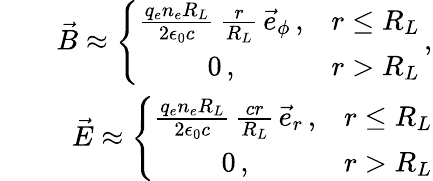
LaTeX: \begin{array}{rlr}&{}&{\vec{B}\approx\left\{ \begin{array}{cc}{\frac{q_{e}n_{e}R_{L}}{2\epsilon_{0}c}\, \frac{r}{R_{L}}\, \vec{e}_{\phi}\, ,}&{r\le R_{L}}\\ {0\, ,}&{r>R_{L}}\end{array}\right.\, ,}\\ &{}&{\vec{E}\approx\left\{ \begin{array}{cc}{\frac{q_{e}n_{e}R_{L}}{2\epsilon_{0}c}\, \frac{cr}{R_{L}}\, \vec{e}_{r}\, ,}&{r\le R_{L}}\\ {0\, ,}&{r>R_{L}}\end{array}\right.}\end{array}